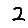
Digit: 2